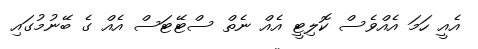
އެއީ ހަމަ އެއްވެސް ކޮލިޓީ އެއް ނެތް ސްޓޭޓަސް އެއް ގެ ބޭނުމުގައި